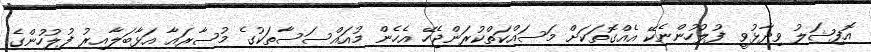
އޮފިޝަލު ވިދާޅުވީ ފުލުހުންނެކޭ އެއްގޮތަކަށް މަސައްކަތްކުރަންޖެހޭ އެހެން މުއައްސަސާތަކުގެ މުސާރައާ އަޅާބަލާއިރު ފުލުހުންގެ